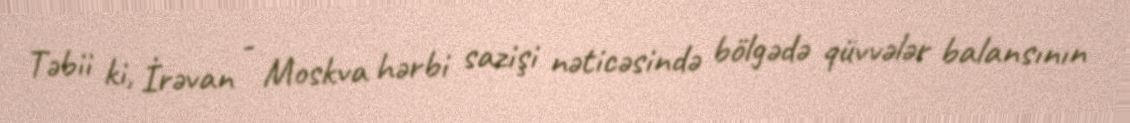
Təbii ki, İrəvan - Moskva hərbi sazişi nəticəsində bölgədə qüvvələr balansının